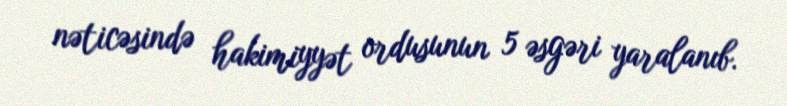
nəticəsində hakimiyyət ordusunun 5 əsgəri yaralanıb.